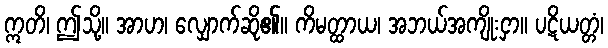
ဣတိ၊ ဤသို့။ အာဟ၊ လျှောက်ဆို၏။ ကိမတ္ထာယ၊ အဘယ်အကျိုးငှာ။ ပဋိယတ္တံ၊